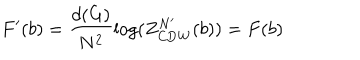
F ^ { \prime } ( b ) = \frac { d ( G ) } { N ^ { 2 } } \log ( Z _ { \mathrm { C D W } } ^ { N ^ { \prime } } ( b ) ) = F ( b )